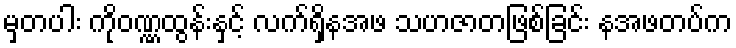
မှတပါး ကိုဝဏ္ဏထွန်းနှင့် လက်ရှိနအဖ သဟဇာတဖြစ်ခြင်း နအဖတပ်က